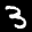
Label: 3